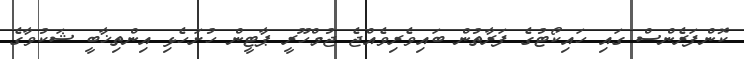
ކޮންފަރެންސް ގައި ހައިކޯޓުގެ ފަރާތުން ބައިވެރިވެއްޖެ ޖުމްހޫރީ ޕާޓީން ހުށަހެޅި އިންތިޚާބީ ޝަކުވާގެ